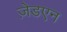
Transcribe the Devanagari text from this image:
ज़ेडएन